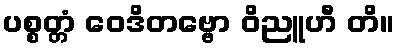
ပစ္စတ္တံ ဝေဒိတဗ္ဗော ဝိညူဟီ တိ။